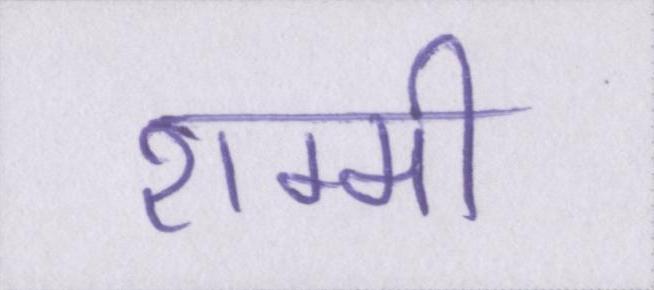
शम्मी